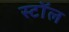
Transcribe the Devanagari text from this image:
स्टाॅल